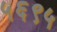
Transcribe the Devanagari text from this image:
५६९५